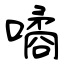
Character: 噊